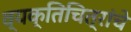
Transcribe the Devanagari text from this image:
व्यक्तिचित्रांचे